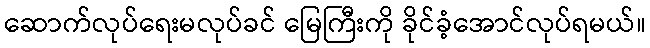
ဆောက်လုပ်ရေးမလုပ်ခင် မြေကြီးကို ခိုင်ခံ့အောင်လုပ်ရမယ်။